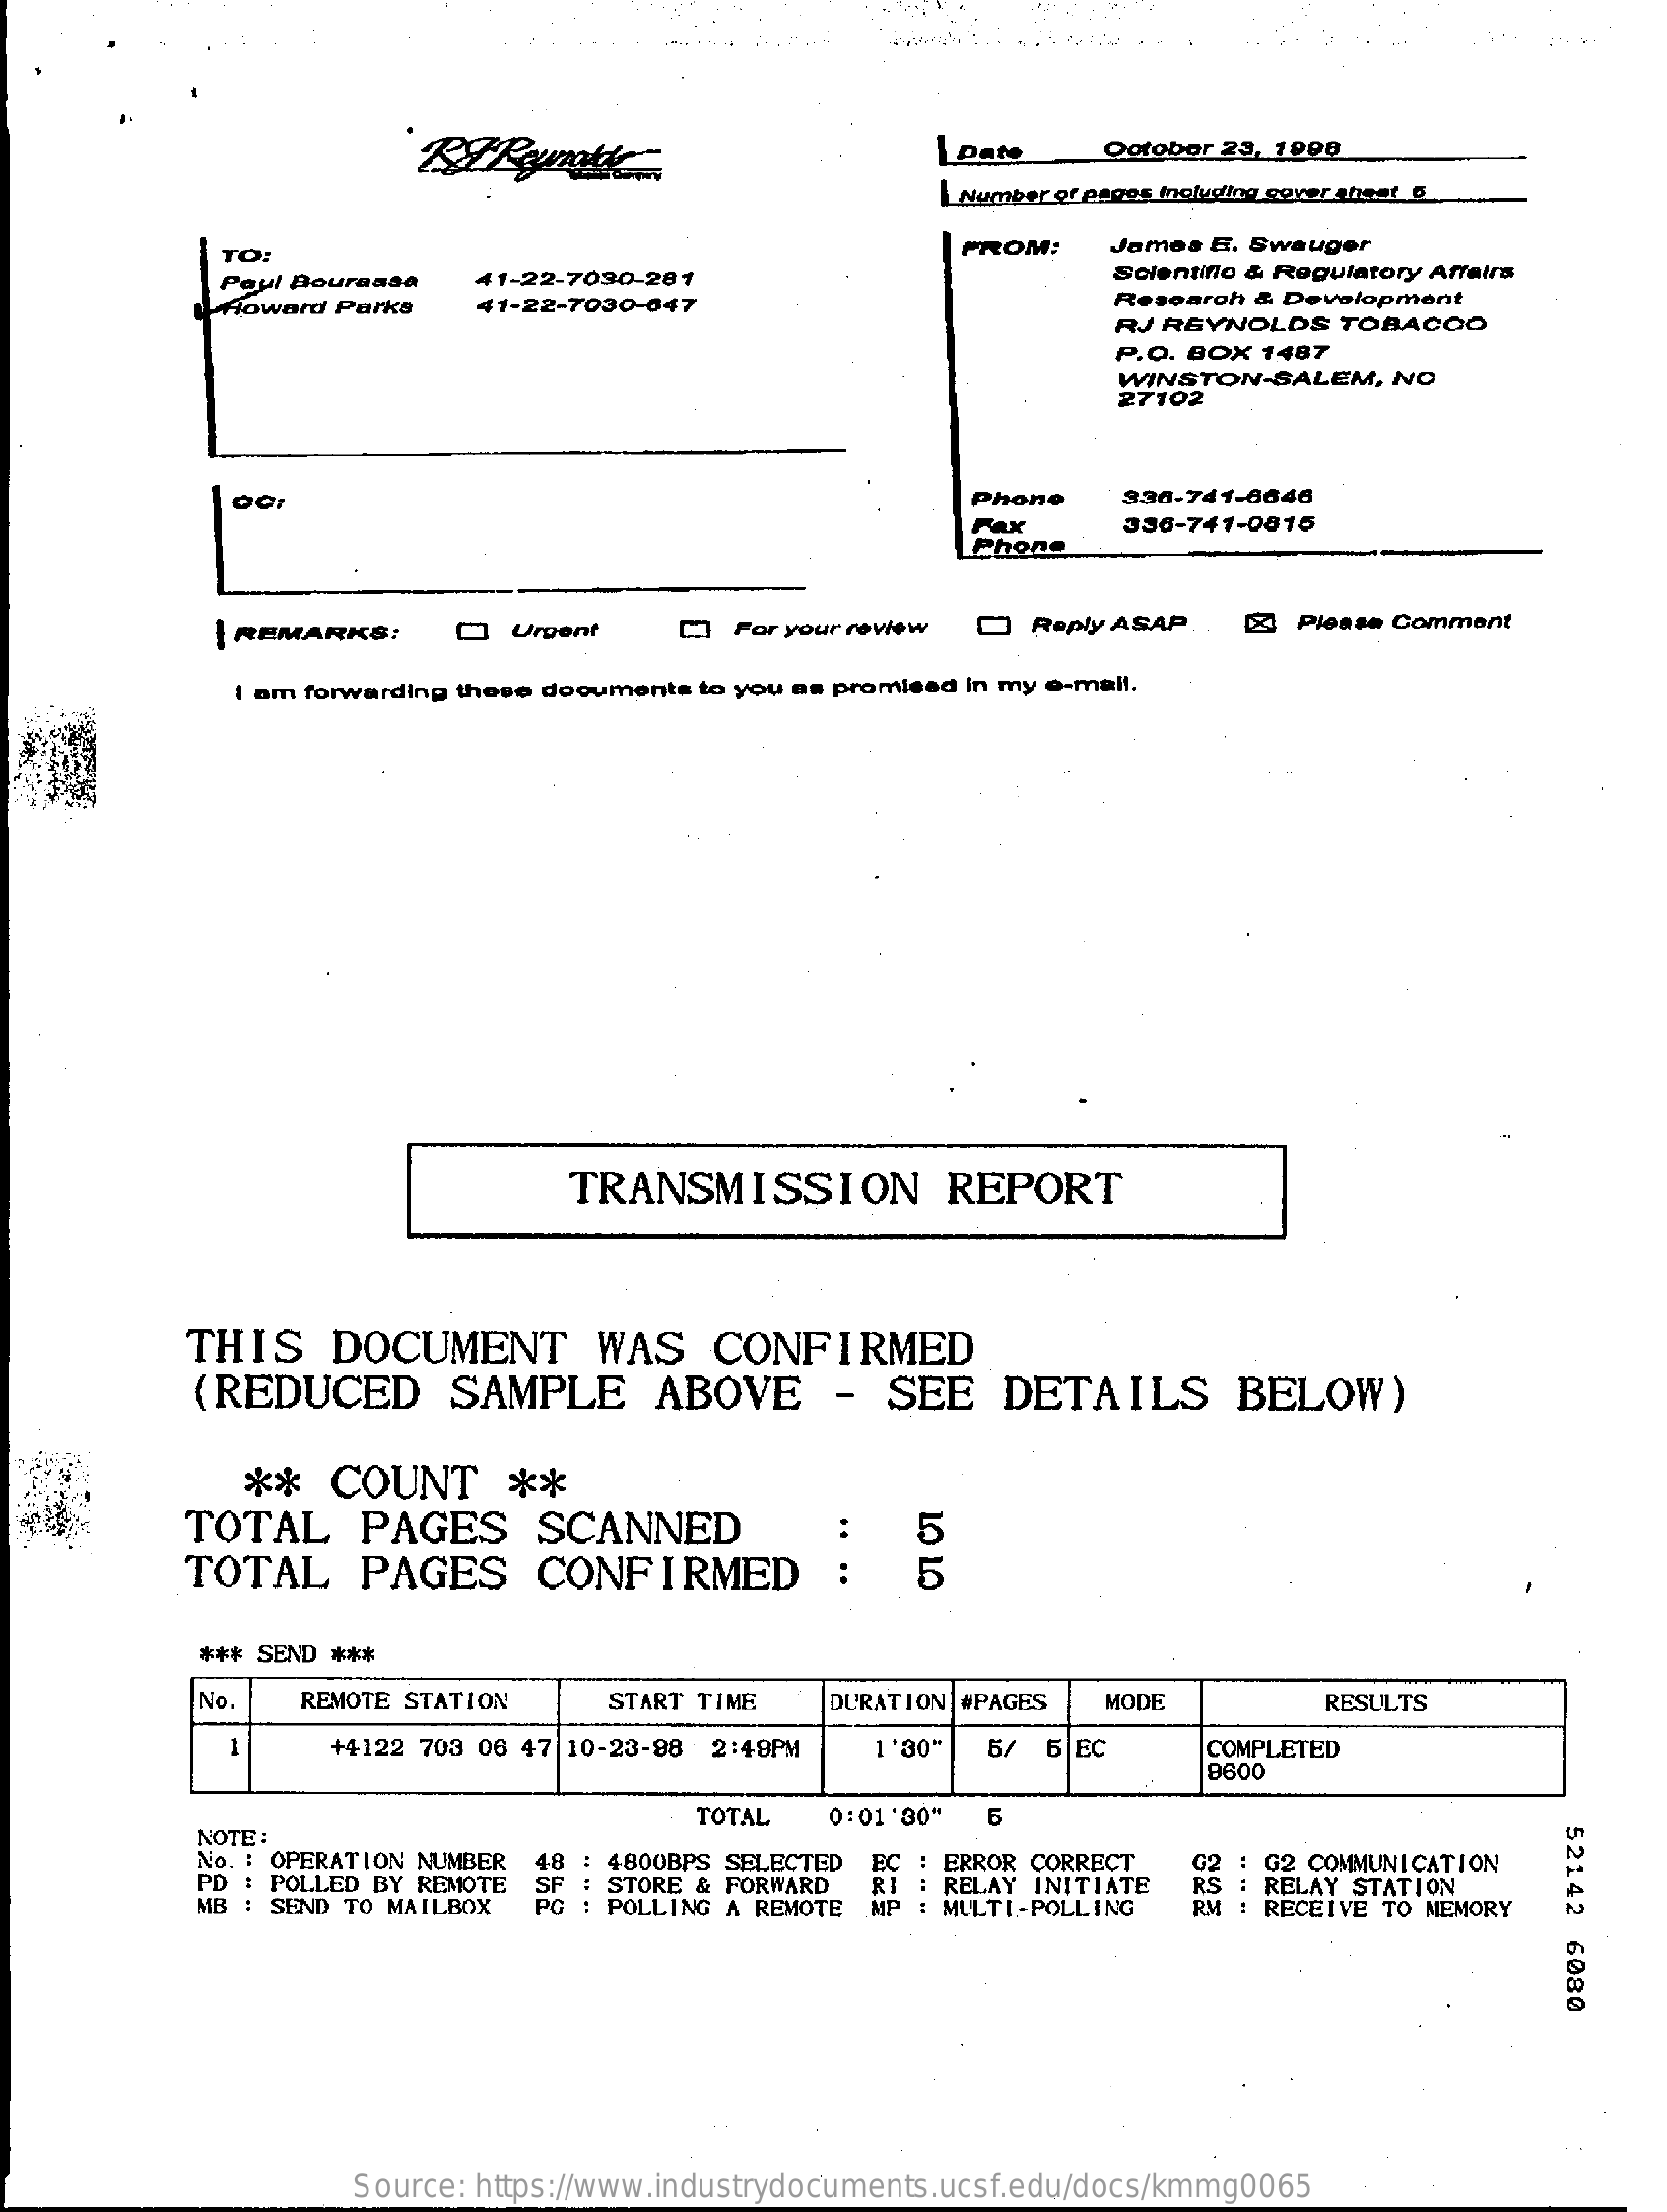
| pate    Ootobor 23, 1008
     Number of pages including sever theet &
     TO:    FROM:    James E. Swauger
     Poul Bourassa   41-22-7030-201    Solentiflo & Regulatory Affairs
     Howard Parks    41-22-7030-047    Research & Development
     RJ REYNOLDS   TOBACOO
     P.O. BOX 1487
     WINSTON-SALEM,   NO
     27102
     OG:    Phone    330-741-6646
     Fax    396-741-0815
     Phone
     | REMARKS:    Q   Urgent    CO For your review O Reply ASAP. . [2] Please Comment
     I am forwarding these documents to you as promised In my e-mail.
     TRANSMISSION    REPORT
     THIS    DOCUMENT    WAS    CONFIRMED
     (REDUCED    SAMPLE    ABOVE    -  SEE   DETAILS    BELOW)
     **   COUNT    **
     TOTAL    PAGES    SCANNED    5
     TOTAL    PAGES    CONFIRMED    :   5
     *** SEND ***
     No.   REMOTE STATION    START TIME    DURATION #PAGES MODE    RESULTS
     1    +4122 703 06 47 10-23-98 2:49PM  1'30"  5/  6 EC    COMPLETED
     8600
     NOTE:
     TOTAL   0:01 '30"
     52142
     6080
     No. : OPERATION NUMBER
     PD : POLLED BY REMOTE
     4800BPS SELECTED EC : ERROR CORRECT
     MB : SEND TO MAILBOX
     STORE & FORWARD
     POLLING A REMOTE
     : RELAY INITIATE
     MP : MULTI-POLLING
     RS
     G2 : G2 COMMUNICATION
     RELAY STATION
     RM : RECEIVE TO MEMORY
     Source: https://www.industrydocuments.ucsf.edu/docs/kmmg0065